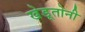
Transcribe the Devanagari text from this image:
खेडूतोनी